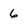
Character: 6